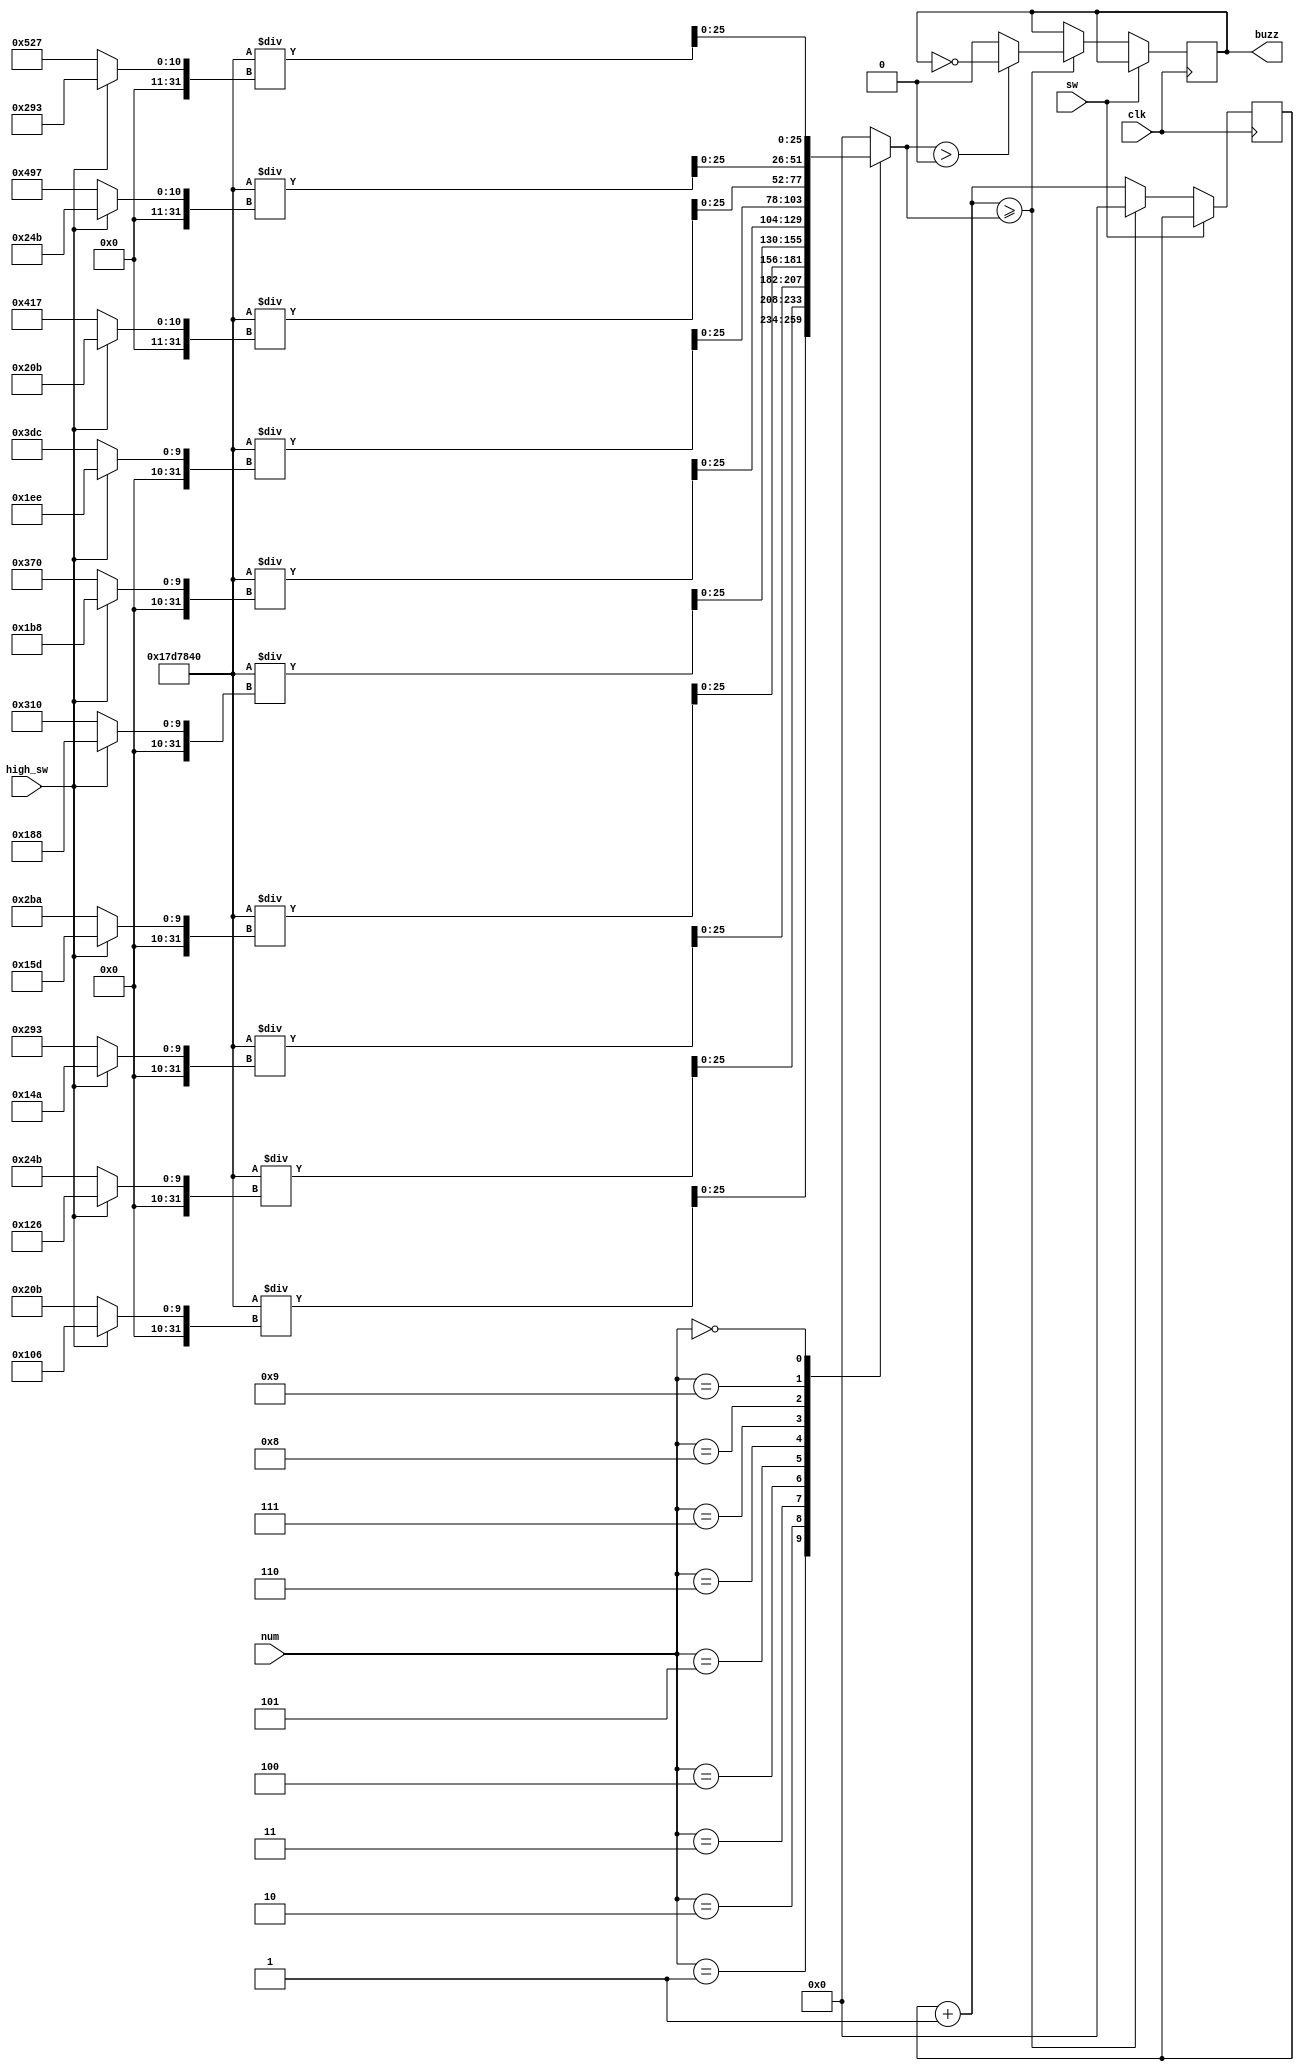
module buzzer(clk, sw, high_sw, num, buzz);

input clk, sw, high_sw;
input [3:0] num;
output reg buzz;

reg [25:0] limiter = 25_000_000;
reg [25:0] counter = 0;

always @(*) begin
	
	case (num)
		1: limiter = 25_000_000 / (high_sw == 1 ? 262 : 523);
		2: limiter = 25_000_000 / (high_sw == 1 ? 294 : 587);
		3: limiter = 25_000_000 / (high_sw == 1 ? 330 : 659);
		4: limiter = 25_000_000 / (high_sw == 1 ? 349 : 698);
		5: limiter = 25_000_000 / (high_sw == 1 ? 392 : 784);
		6: limiter = 25_000_000 / (high_sw == 1 ? 440 : 880);
		7: limiter = 25_000_000 / (high_sw == 1 ? 494 : 988);
		8: limiter = 25_000_000 / (high_sw == 1 ? 523 : 1047);
		9: limiter = 25_000_000 / (high_sw == 1 ? 587 : 1175);
		0: limiter = 25_000_000 / (high_sw == 1 ? 659 : 1319);
		default: limiter = 0;
	endcase
	
end

always @(posedge clk) begin
	
	if (sw == 0) begin
		counter = counter + 1;
		if (counter >= limiter) begin
			if (limiter > 0)
				buzz = ~buzz;
			else
				buzz = 0;
			counter = 0;
		end
	end
	
end

endmodule